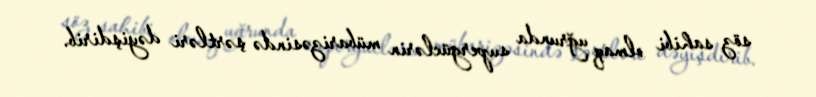
söz sahibi olmaq uğrunda supergüclərin mübarizəsində şərtləri dəyişdirib.